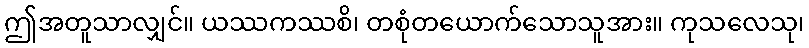
ဤအတူသာလျှင်။ ယဿကဿစိ၊ တစုံတယောက်သောသူအား။ ကုသလေသု၊